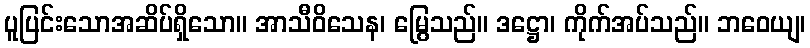
ပူပြင်းသောအဆိပ်ရှိသော။ အာသီဝိသေန၊ မြွေသည်။ ဒဋ္ဌော၊ ကိုက်အပ်သည်။ ဘဝေယျ၊